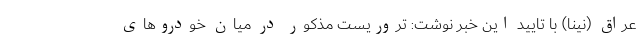
عراق (نینا) با تایید این خبر نوشت: تروریست مذکور در میان خودروهای